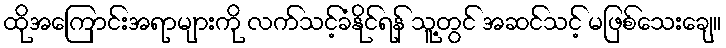
ထိုအကြောင်းအရာများကို လက်သင့်ခံနိုင်ရန် သူ့တွင် အဆင်သင့် မဖြစ်သေးချေ။